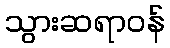
သွားဆရာဝန်